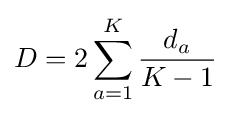
D=2\sum _{a=1}^{K}{\frac {d_{a}}{K-1}}